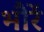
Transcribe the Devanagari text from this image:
भौरें